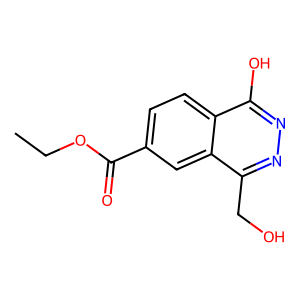
SMILES: CCOC(=O)c1ccc2c(O)nnc(CO)c2c1
Inhibits HIV replication: No